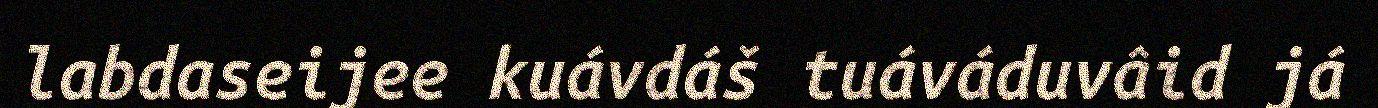
labdaseijee kuávdáš tuáváduvâid já